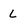
Character: L